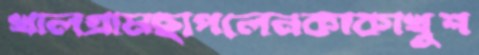
খালগ্রামছাপলেনকাকাখুশ